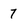
Character: 7